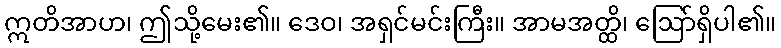
ဣတိအာဟ၊ ဤသို့မေး၏။ ဒေဝ၊ အရှင်မင်းကြီး။ အာမအတ္ထိ၊ ဩော်ရှိပါ၏။